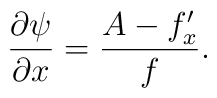
\frac{\partial \psi }{\partial x}=\frac{A-f_{x}^{\prime }}{f}.